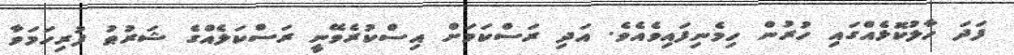
ފަދަ ހާލުކޮޅެއްގައި ހުރުން ހިމެނިފައިވެއެވެ. އަދި ރަސްކަމަށް އިސްކުރެވޭނީ ރަސްކަލެއްގެ ޝަރުޠު ފުރިހަމަވާ